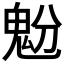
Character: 𩲝